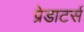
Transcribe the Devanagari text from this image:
प्रेडाटर्स